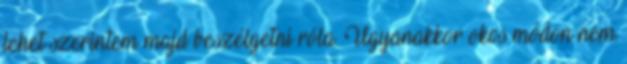
lehet szerintem majd beszélgetni róla. Ugyanakkor okos módon nem